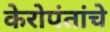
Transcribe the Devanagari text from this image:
केरोपंतांचे